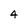
Character: 4